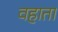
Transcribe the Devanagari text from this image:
वहाता